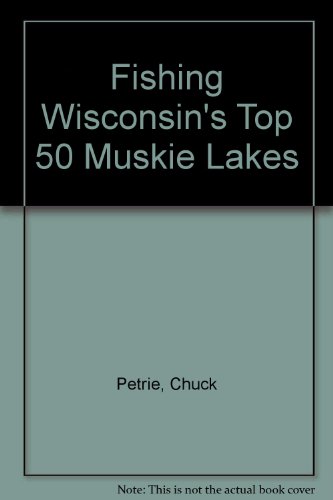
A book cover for Wisconsin's Top Muskie Lakes; Chuck Petrie; Travel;